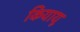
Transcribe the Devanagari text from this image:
कियायू